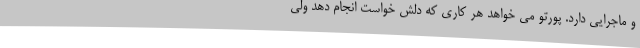
و ماجرایی دارد. پورتو می‌ خواهد هر کاری که دلش خواست انجام دهد ولی